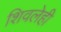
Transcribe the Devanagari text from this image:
शिवलेही